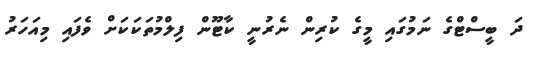
ދަ ބީސްޓްގެ ނަމުގައި މީގެ ކުރިން ނެރުނީ ކާޓޫން ފިލްމުތަކަކަށް ވެފައި މިއަހަރު